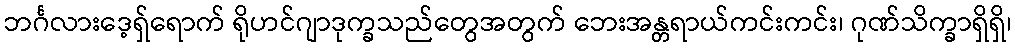
ဘင်္ဂလားဒေ့ရှ်ရောက် ရိုဟင်ဂျာဒုက္ခသည်တွေအတွက် ဘေးအန္တရာယ်ကင်းကင်း၊ ဂုဏ်သိက္ခာရှိရှိ၊